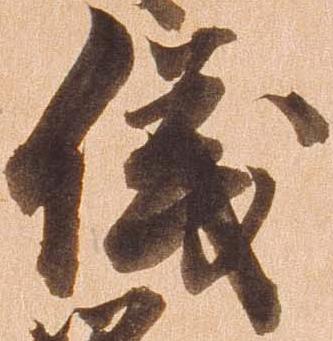
儀